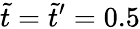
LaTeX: \tilde{t}=\tilde{t}^{\prime}=0.5